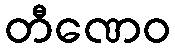
တီဏေဝ